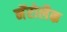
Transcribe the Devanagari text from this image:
नॅरोलैक